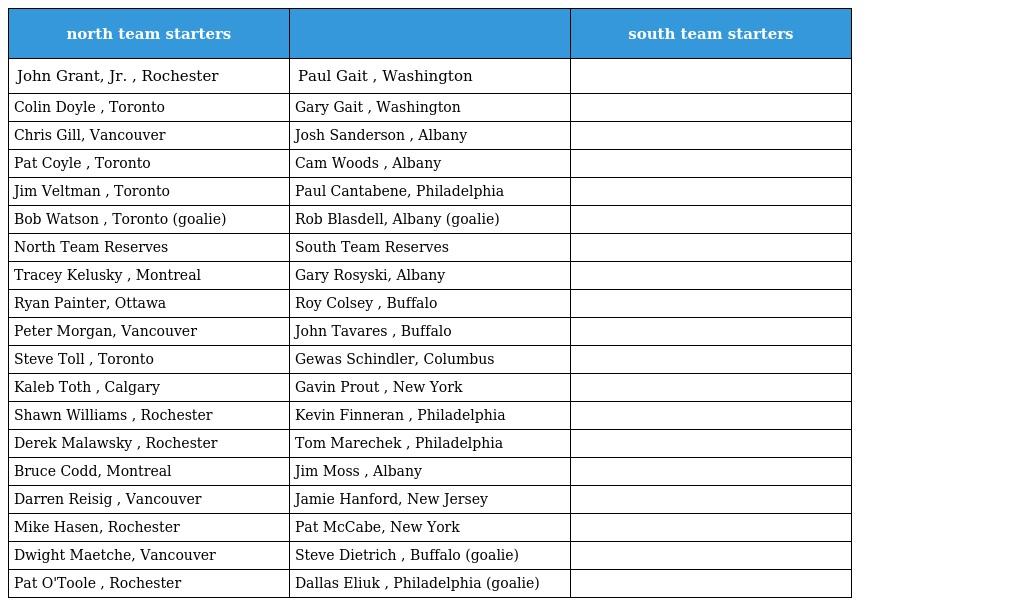
| north team starters |  | south team starters |
 | --- | --- | --- |
 | John Grant, Jr. , Rochester | Paul Gait , Washington |  |
 | Colin Doyle , Toronto | Gary Gait , Washington |  |
 | Chris Gill, Vancouver | Josh Sanderson , Albany |  |
 | Pat Coyle , Toronto | Cam Woods , Albany |  |
 | Jim Veltman , Toronto | Paul Cantabene, Philadelphia |  |
 | Bob Watson , Toronto (goalie) | Rob Blasdell, Albany (goalie) |  |
 | North Team Reserves | South Team Reserves |  |
 | Tracey Kelusky , Montreal | Gary Rosyski, Albany |  |
 | Ryan Painter, Ottawa | Roy Colsey , Buffalo |  |
 | Peter Morgan, Vancouver | John Tavares , Buffalo |  |
 | Steve Toll , Toronto | Gewas Schindler, Columbus |  |
 | Kaleb Toth , Calgary | Gavin Prout , New York |  |
 | Shawn Williams , Rochester | Kevin Finneran , Philadelphia |  |
 | Derek Malawsky , Rochester | Tom Marechek , Philadelphia |  |
 | Bruce Codd, Montreal | Jim Moss , Albany |  |
 | Darren Reisig , Vancouver | Jamie Hanford, New Jersey |  |
 | Mike Hasen, Rochester | Pat McCabe, New York |  |
 | Dwight Maetche, Vancouver | Steve Dietrich , Buffalo (goalie) |  |
 | Pat O'Toole , Rochester | Dallas Eliuk , Philadelphia (goalie) |  |